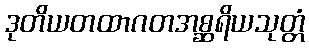
ဒုတိယတထာဂတအစ္ဆရိယသုတ္တံ